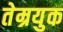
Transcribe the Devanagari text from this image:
तेम्रयुक